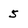
Character: 5